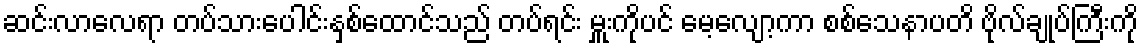
ဆင်းလာလေရာ တပ်သားပေါင်းနှစ်ထောင်သည် တပ်ရင်း မှူးကိုပင် မေ့လျော့ကာ စစ်သေနာပတိ ဗိုလ်ချုပ်ကြီးကို